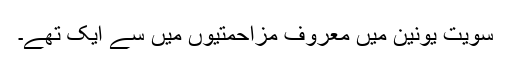
سویت یونین میں معروف مزاحمتیوں میں سے ایک تھے۔